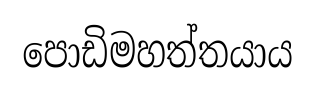
පොඩිමහත්තයාය